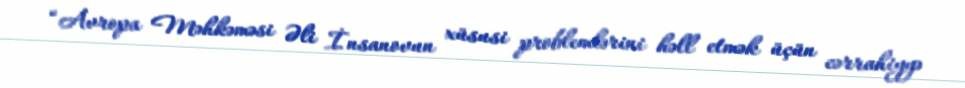
“Avropa Məhkəməsi Əli İnsanovun xüsusi problemlərini həll etmək üçün cərrahiyyə